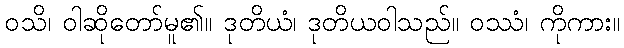
ဝသိ၊ ဝါဆိုတော်မူ၏။ ဒုတိယံ၊ ဒုတိယဝါသည်။ ဝဿံ၊ ကိုကား။